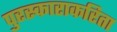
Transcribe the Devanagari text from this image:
पुरस्काराकरिता